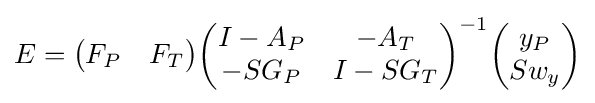
E={\begin{pmatrix}F_{P}&F_{T}\end{pmatrix}}{\begin{pmatrix}I-A_{P}&-A_{T}\\-SG_{P}&I-SG_{T}\end{pmatrix}}^{-1}{\begin{pmatrix}y_{P}\\Sw_{y}\end{pmatrix}}